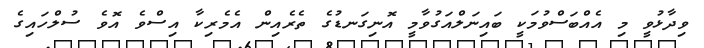
ވިދާޅުވީ މި އެއްބަސްވުމަކީ ބައިނަލްއަގުވާމީ އޮނިގަނޑުގެ ތެރެއިން އެމެރިކާ އިސްވެ އޮވެ ސުލްހައިގެ